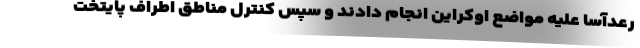
رعدآسا علیه مواضع اوکراین انجام دادند و سپس کنترل مناطق اطراف پایتخت